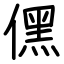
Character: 𠎁